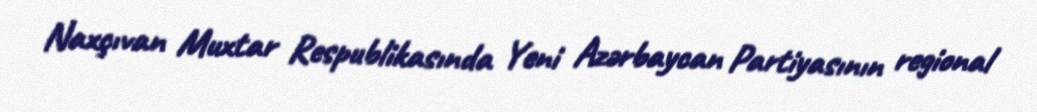
Naxçıvan Muxtar Respublikasında Yeni Azərbaycan Partiyasının regional